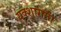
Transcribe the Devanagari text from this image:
यक्शागना